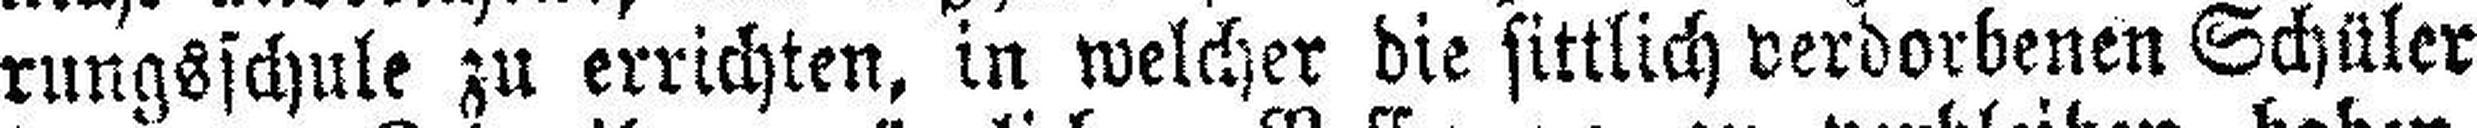
rungsschule zu errichten, in welcher die sittlich verdorbenen Schüler